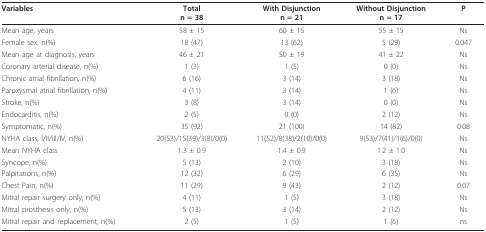
<table><thead><tr><td><b>Variables</b></td><td><b>Totaln = 38</b></td><td><b>With Disjunctionn = 21</b></td><td><b>Without Disjunctionn = 17</b></td><td><b>P</b></td></tr></thead><tbody><tr><td>Mean age, years</td><td>58 ± 15</td><td>60 ± 15</td><td>55 ± 15</td><td>Ns</td></tr><tr><td>Female sex, n(%)</td><td>18 (47)</td><td>13 (62)</td><td>5 (29)</td><td>0.047</td></tr><tr><td>Mean age at diagnosis, years</td><td>46 ± 21</td><td>50 ± 19</td><td>41 ± 22</td><td>Ns</td></tr><tr><td>Coronary arterial disease, n(%)</td><td>1 (3)</td><td>1 (5)</td><td>0 (0)</td><td>Ns</td></tr><tr><td>Chronic atrial fibrillation, n(%)</td><td>6 (16)</td><td>3 (14)</td><td>3 (18)</td><td>Ns</td></tr><tr><td>Paroxysmal atrial fibrillation, n(%)</td><td>4 (11)</td><td>3 (14)</td><td>1 (6)</td><td>Ns</td></tr><tr><td>Stroke, n(%)</td><td>3 (8)</td><td>3 (14)</td><td>0 (0)</td><td>Ns</td></tr><tr><td>Endocarditis, n(%)</td><td>2 (5)</td><td>0 (0)</td><td>2 (12)</td><td>Ns</td></tr><tr><td>Symptomatic, n(%)</td><td>35 (92)</td><td>21 (100)</td><td>14 (82)</td><td>0.08</td></tr><tr><td>NYHA class, I/II/III/IV, n(%)</td><td>20(53)/15(39)/3(8)/0(0)</td><td>11(52)/8(38)/2(10)/0(0)</td><td>9(53)/7(41)/1(6)/0(0)</td><td>Ns</td></tr><tr><td>Mean NYHA class</td><td>1.3 ± 0.9</td><td>1.4 ± 0.9</td><td>1.2 ± 1.0</td><td>Ns</td></tr><tr><td>Syncope, n(%)</td><td>5 (13)</td><td>2 (10)</td><td>3 (18)</td><td>Ns</td></tr><tr><td>Palpitations, n(%)</td><td>12 (32)</td><td>6 (29)</td><td>6 (35)</td><td>Ns</td></tr><tr><td>Chest Pain, n(%)</td><td>11 (29)</td><td>9 (43)</td><td>2 (12)</td><td>0.07</td></tr><tr><td>Mitral repair surgery only, n(%)</td><td>4 (11)</td><td>1 (5)</td><td>3 (18)</td><td>Ns</td></tr><tr><td>Mitral prosthesis only, n(%)</td><td>5 (13)</td><td>3 (14)</td><td>2 (12)</td><td>Ns</td></tr><tr><td>Mitral repair and replacement, n(%)</td><td>2 (5)</td><td>1 (5)</td><td>1 (6)</td><td>ns</td></tr></tbody></table>